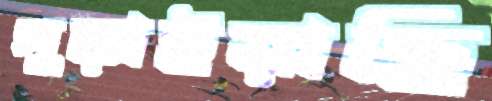
পুড়াইয়াছি